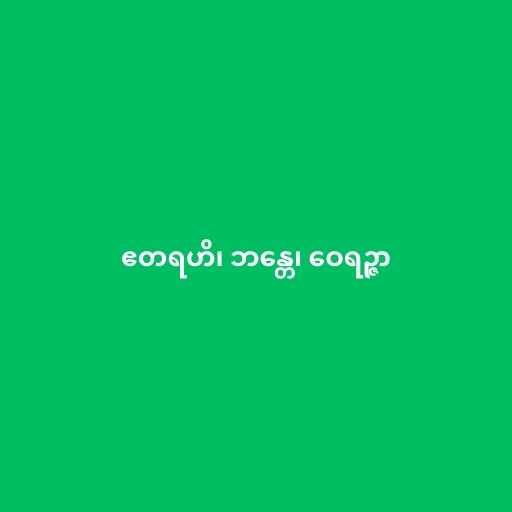
ဧတရဟိ၊ ဘန္တေ၊ ဝေရဉ္ဇာ